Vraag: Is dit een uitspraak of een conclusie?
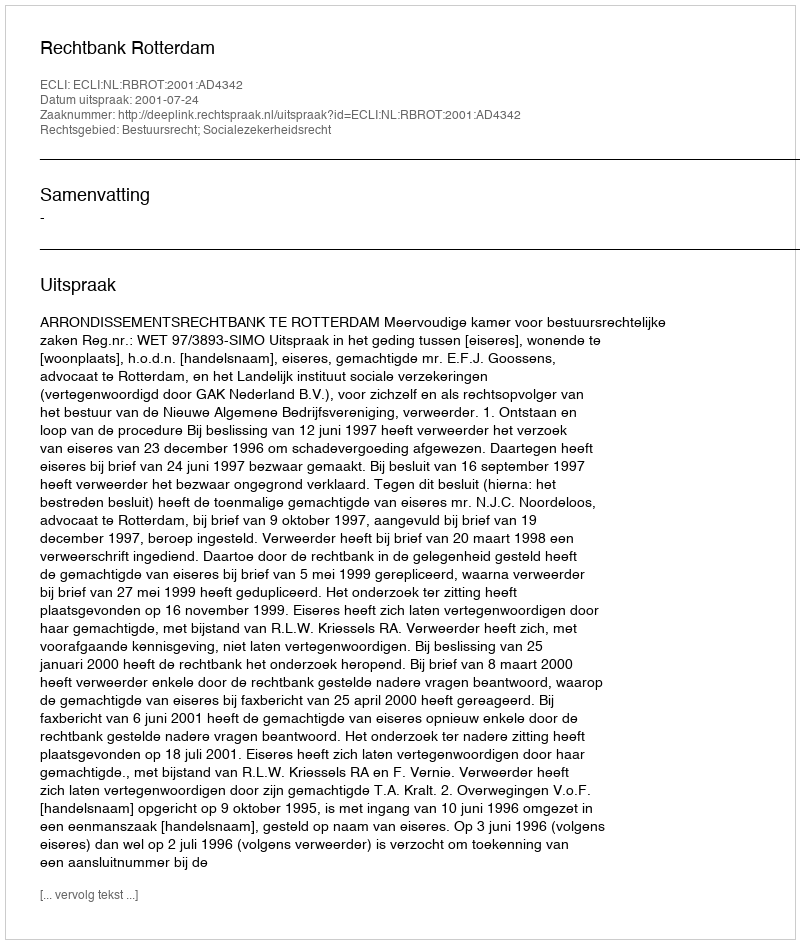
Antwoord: Uitspraak